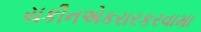
યકીનએકરારકરવામા